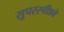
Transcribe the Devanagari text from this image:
सुपरस्पीडवे